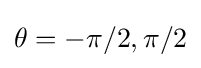
\theta =-\pi /2,\pi /2